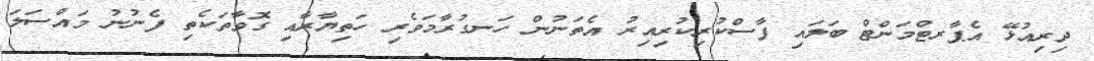
ދިރިއުޅޭ އެޕާރޓްމަންޓް ބަލައި ފާސްކުރިކުރިއިރު އެތަނުން ހަނގުރާމަވެރި ހަތިޔާރާއި ގޮވާތަކެތި ފެނުނު މައްސަލަ